Vabadussoja_Ajaloo_Komitee, lk 99
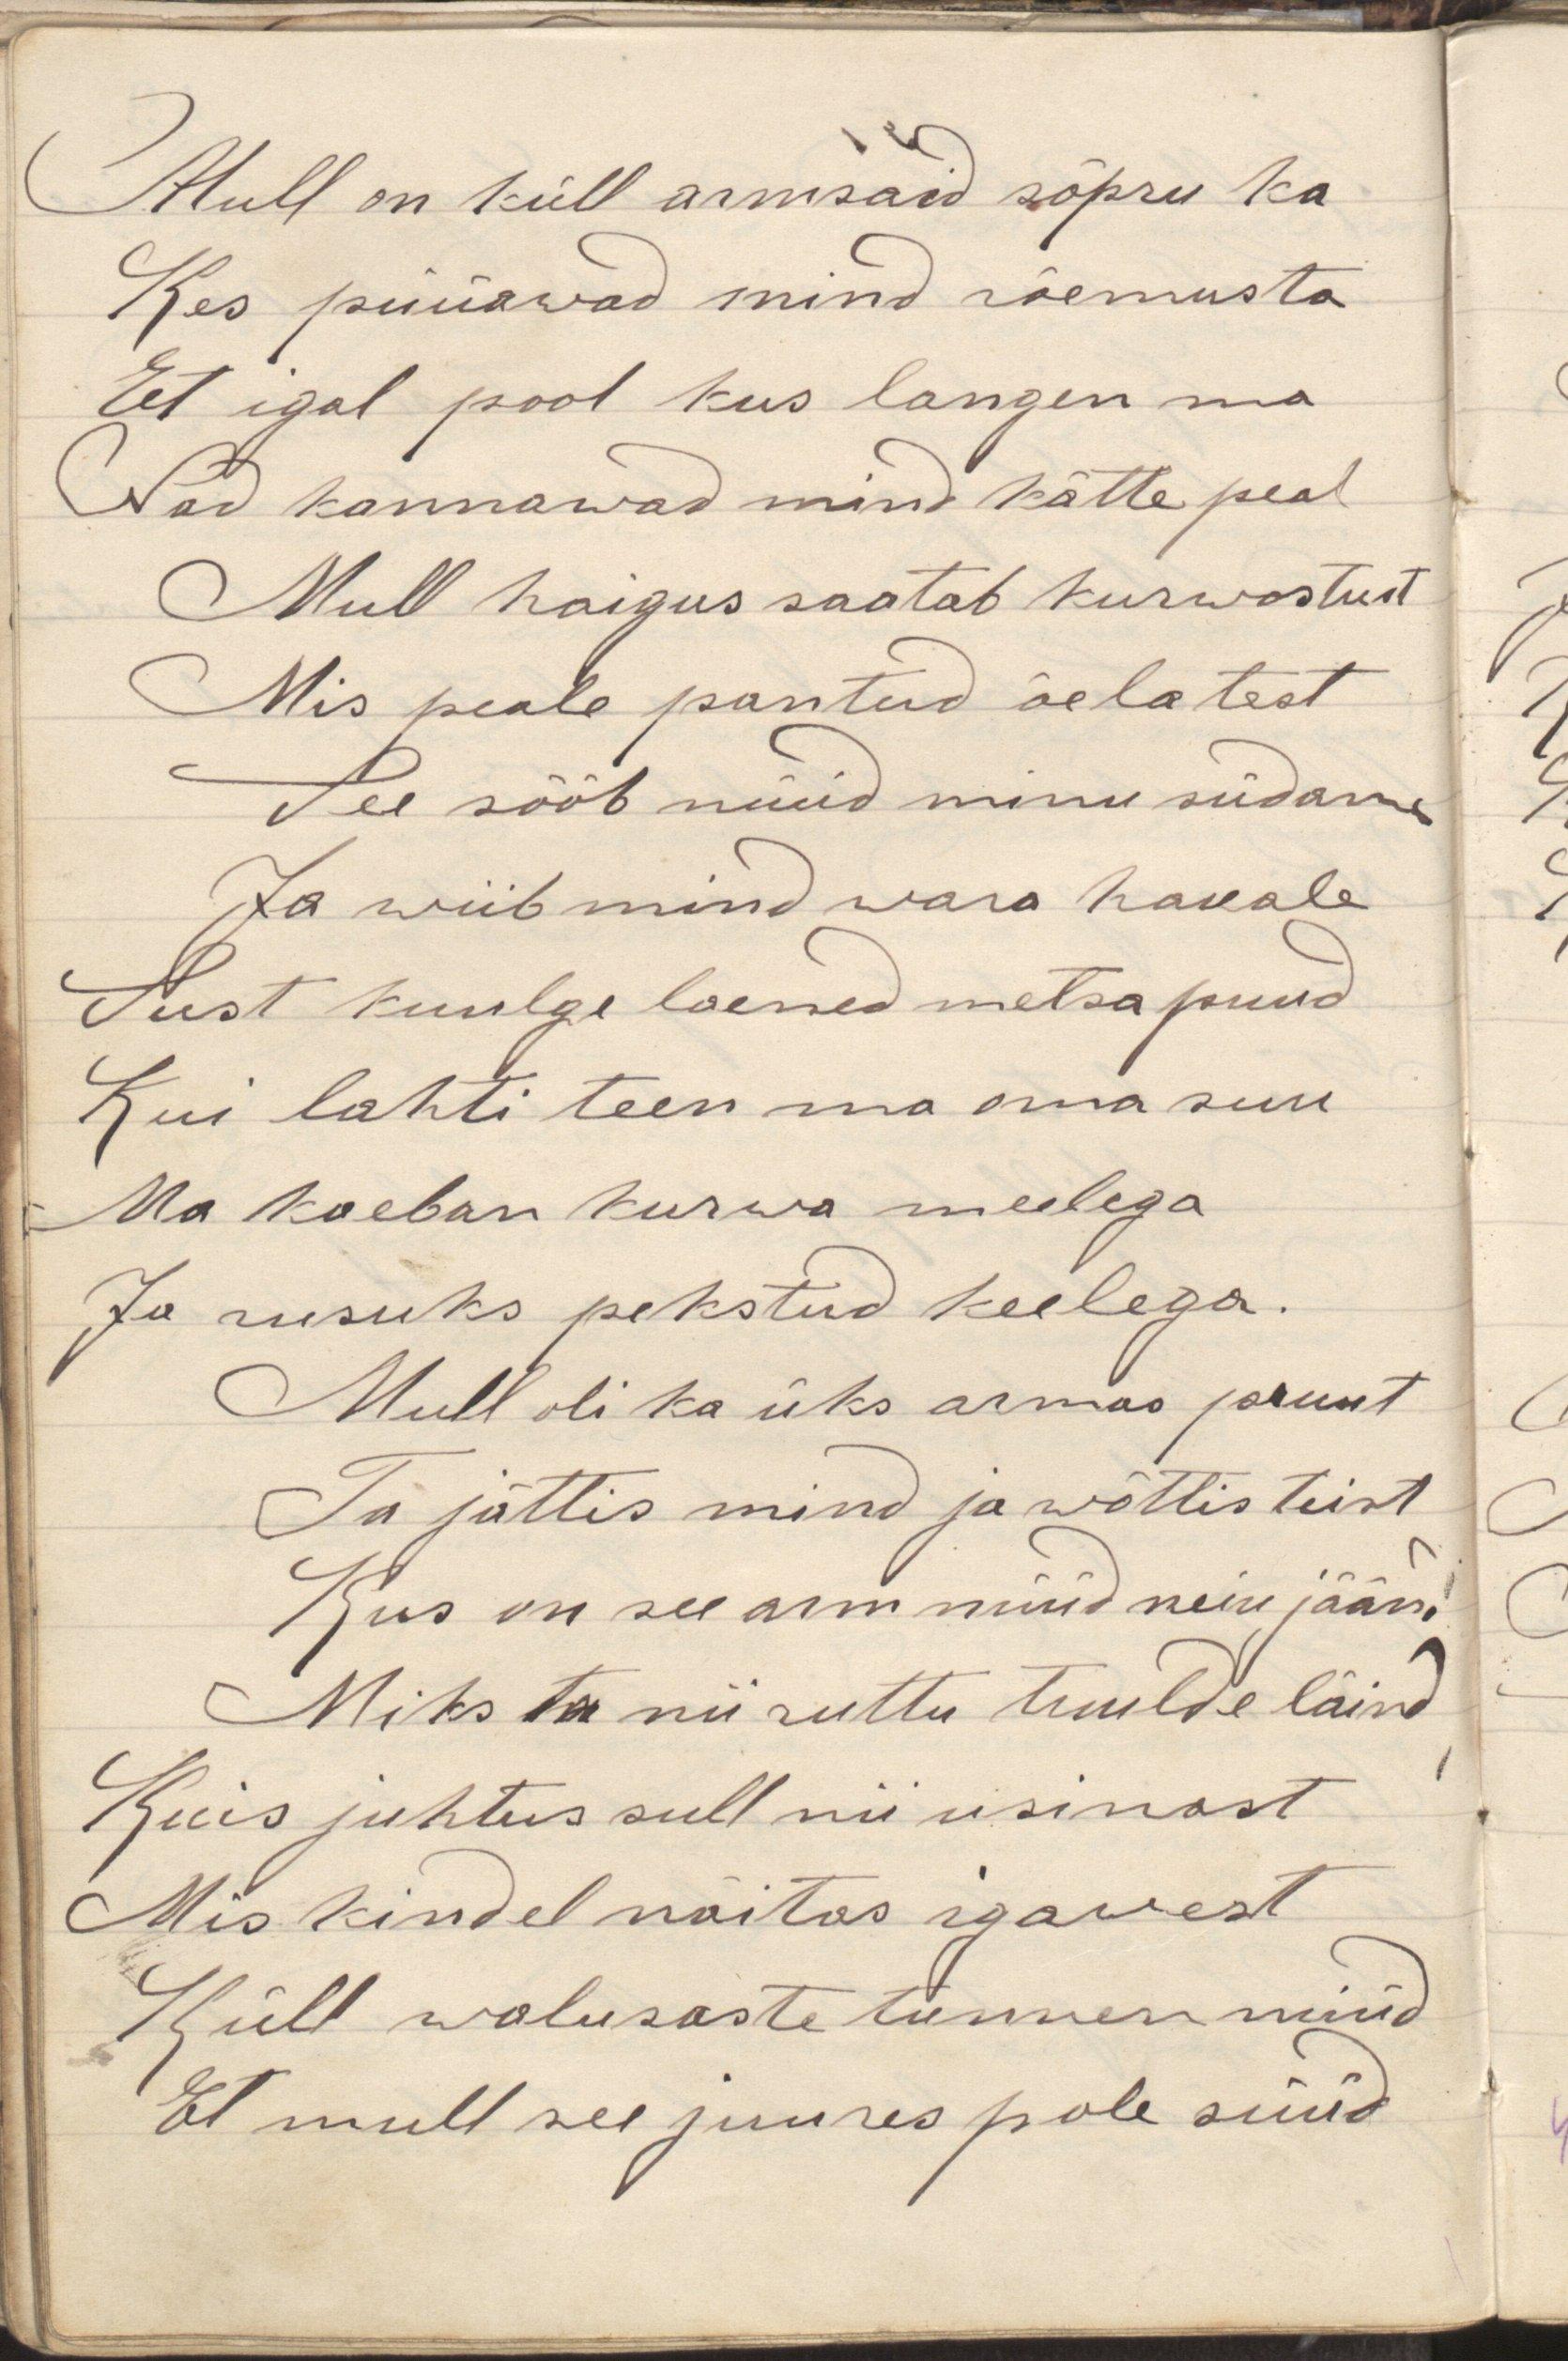
Mull on küll armsaid sõpru ka
Kes püüawad mind rõemusta
Et igal pool kus langen ma
Nad kannawad mind kätte peal
Mull haigus saatab kurwastust
Mis peale pantud õelatest
See sööb nüüd minu südame
Ja wiib mind wara hauale
Sust kuulge laened metsa puud
Kui lahti teen ma oma suu
Ma kaeban kurwa meelega
Ja rusuks pekstud keelega.
Mull oli ka üks armas pruut
Ta jättis mind ja wõttis teist
Kus on see arm nüüd neiu jäänd
Miks ta nii ruttu tuulde läind
Kuis juhtus sull nii usinast
Mis kindel näitas igawest
Küll walusaste tunnen nüüd
Et mull see juures pole süüd